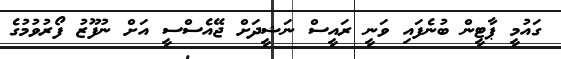
ގައުމީ ޕާޓީން ބުނެފައި ވަނީ ރައީސް ނަޝީދަށް ޖޭއެސްސީ އަށް ނުފޫޒު ފޯރުވުމުގެ